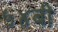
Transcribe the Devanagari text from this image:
५४बी